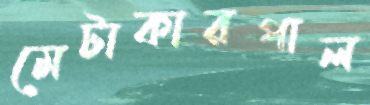
মেটাকারপাল